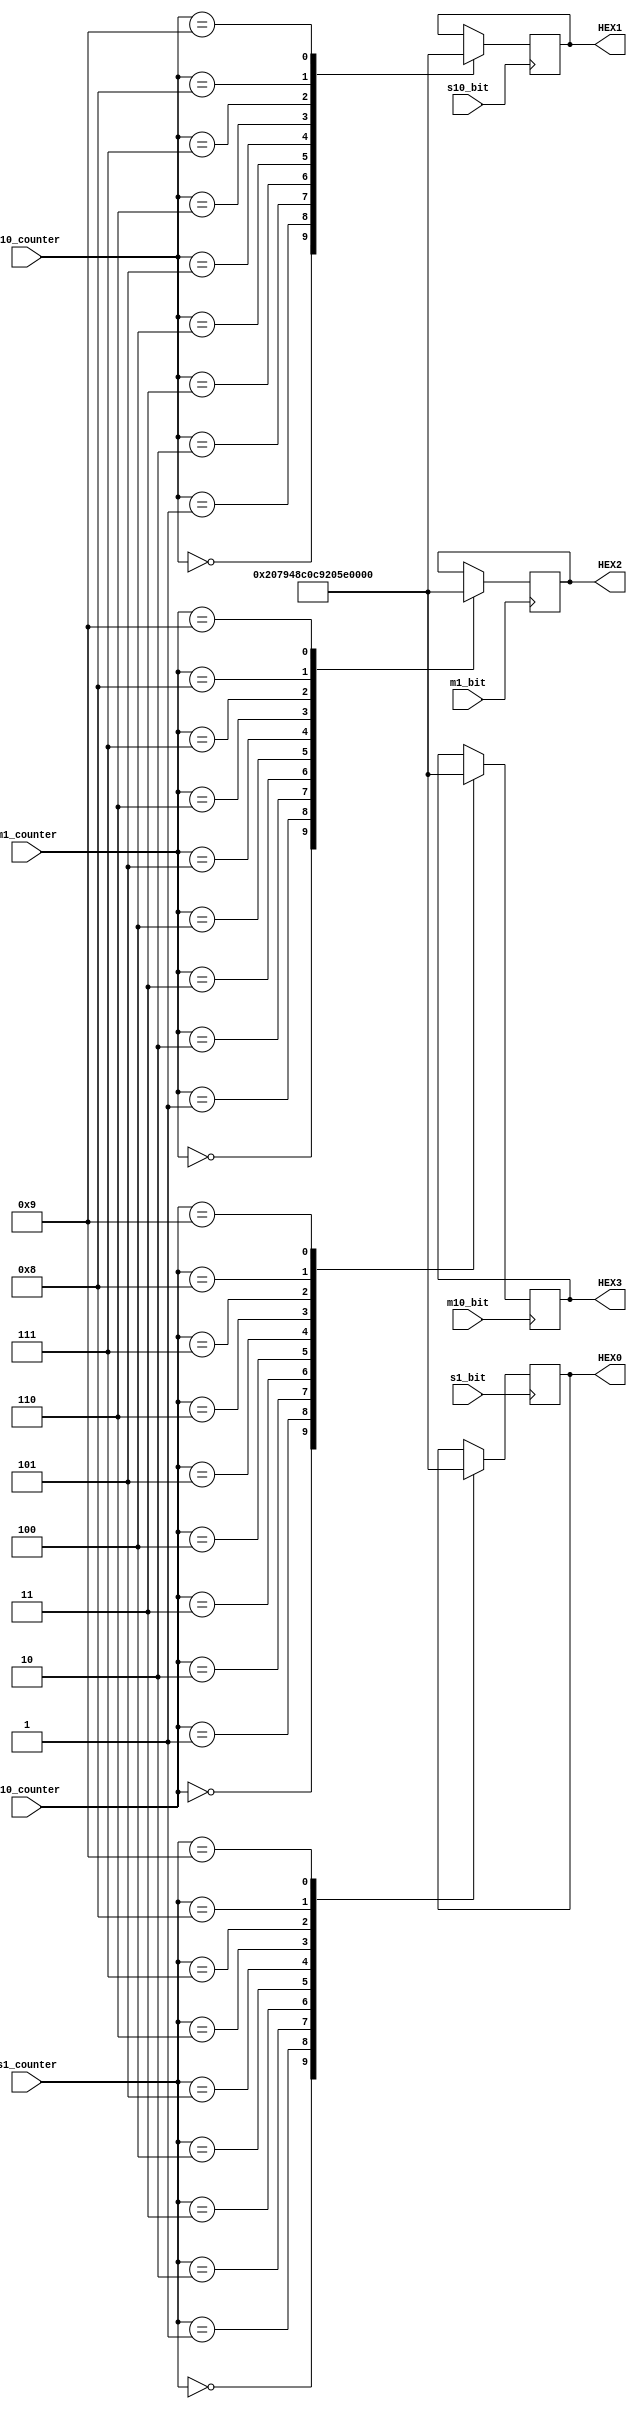
module display_time(s1_bit, s10_bit, m1_bit, m10_bit, s1_counter, s10_counter, m1_counter, m10_counter, HEX0, HEX1, HEX2, HEX3);

input wire s1_bit;
input wire s10_bit;
input wire m1_bit;
input wire m10_bit;

input wire [4:0] s1_counter;
input wire [4:0] s10_counter;
input wire [4:0] m1_counter;
input wire [4:0] m10_counter;
	
output reg [6:0] HEX0;
output reg [6:0] HEX1;
output reg [6:0] HEX2;
output reg [6:0] HEX3;
	 
	 
localparam [6:0] one 	= 7'b1111001;	 
localparam [6:0] two 	= 7'b0100100;
localparam [6:0] three 	= 7'b0110000;
localparam [6:0] four 	= 7'b0011001;
localparam [6:0] five 	= 7'b0010010;
localparam [6:0] six		= 7'b0000010;
localparam [6:0] seven	= 7'b1111000;
localparam [6:0] eight	= 7'b0000000;
localparam [6:0] nine	= 7'b0010000;
localparam [6:0] zero	= 7'b1000000;
localparam [6:0] blank	= 7'b1111111;


always @ (posedge s1_bit) begin
	case(s1_counter)
		0:HEX0 <= 	zero;
		1:HEX0 <= 	one;
		2:HEX0 <= 	two;
		3:HEX0 <=  	three;
		4:HEX0 <= 	four;
		5:HEX0 <=  	five;
		6:HEX0 <= 	six;
		7:HEX0 <= 	seven;
		8:HEX0 <=  	eight;
		9:HEX0 <= 	nine;
	endcase
end

always @ (posedge s10_bit) begin
	case(s10_counter)
		0:HEX1 <= 	zero;
		1:HEX1 <= 	one;
		2:HEX1 <= 	two;
		3:HEX1 <=  	three;
		4:HEX1 <= 	four;
		5:HEX1 <=  	five;
		6:HEX1 <= 	six;
		7:HEX1 <= 	seven;
		8:HEX1 <=  	eight;
		9:HEX1 <= 	nine;
	endcase
end

always @ (posedge m1_bit) begin
	case(m1_counter)
		0:HEX2 <= 	zero;
		1:HEX2 <= 	one;
		2:HEX2 <= 	two;
		3:HEX2 <=  	three;
		4:HEX2 <= 	four;
		5:HEX2 <=  	five;
		6:HEX2 <= 	six;
		7:HEX2 <= 	seven;
		8:HEX2 <=  	eight;
		9:HEX2 <= 	nine;
	endcase
end

always @ (posedge m10_bit) begin
	case(m10_counter)
		0:HEX3 <= 	zero;
		1:HEX3 <= 	one;
		2:HEX3 <= 	two;
		3:HEX3 <=  	three;
		4:HEX3 <= 	four;
		5:HEX3 <=  	five;
		6:HEX3 <= 	six;
		7:HEX3 <= 	seven;
		8:HEX3 <=  	eight;
		9:HEX3 <= 	nine;
	endcase
end

endmodule